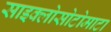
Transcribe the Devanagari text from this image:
साइक्लोसोटोमाटा